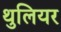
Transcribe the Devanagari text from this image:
थुलियर